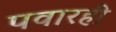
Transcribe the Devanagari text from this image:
पवारही